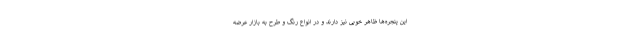
این پنجره‌ها ظاهر خوبی نیز دارند و در انواع رنگ و طرح به بازار عرضه